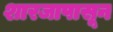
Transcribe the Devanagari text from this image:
शारजापासून